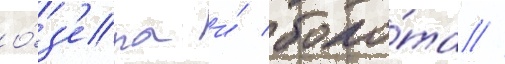
о́з'ера и́ боло́та //